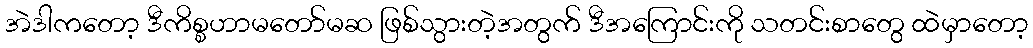
အဲဒါကတော့ ဒီကိစ္စဟာမတော်မဆ ဖြစ်သွားတဲ့အတွက် ဒီအကြောင်းကို သတင်းစာတွေ ထဲမှာတော့